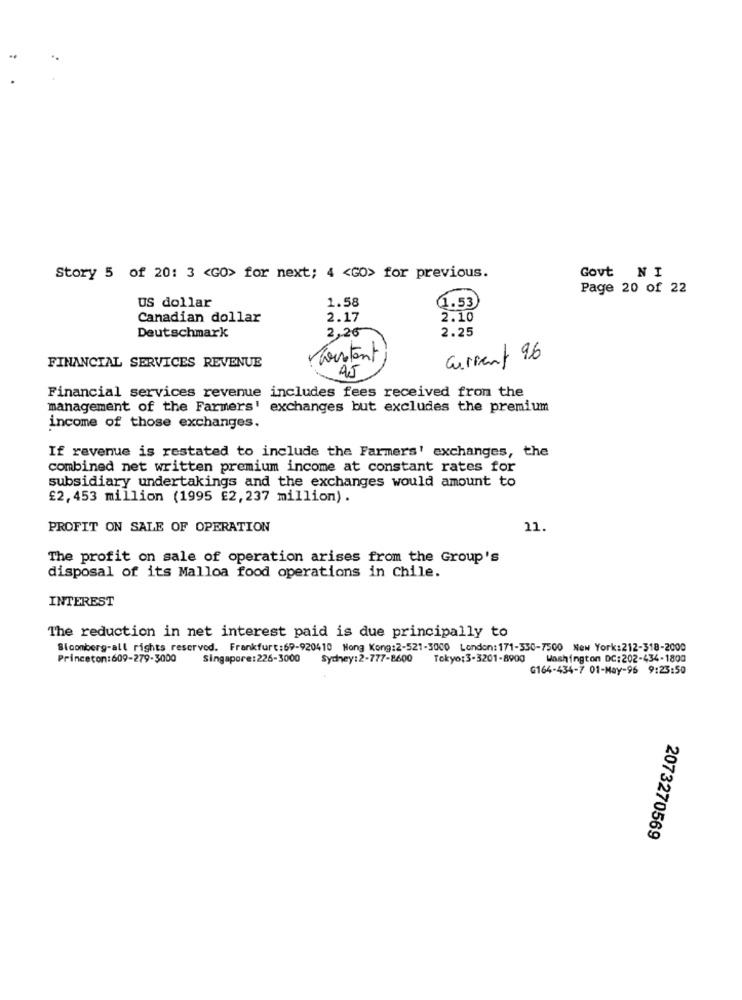
Story 5 of 20: 3 <GO> for next; 4 <GO> for previous.
Govt NI
Page 20 of 22
US dollar
1.58
(1.53
Canadian dollar
2.17
2.10
2,26
2.25
Deutschmark
Pourtant
Current 96
FINANCIAL SERVICES REVENUE
45
Financial services revenue includes fees received from the
management of the Farmers' exchanges but excludes the premium
income of those exchanges.
If revenue is restated to include the Farmers' exchanges, the
combined net written premium income at constant rates for
subsidiary undertakings and the exchanges would amount to
£2, 453 million (1995 £2,237 million).
PROFIT ON SALE OF OPERATION
11.
The profit on sale of operation arises from the Group's
disposal of its Malloa food operations in Chile.
INTEREST
The reduction in net interest paid is due principally to
Bloomberg-all rights reserved. Frankfurt:69-920410 Hong Kong:2-521-3000 London:171-330-7500 New York:212-318-2000
Princeton:609-279-3000
Singapore:226-3000
Sydney:2-777-8600 Tokyo:3-3201-8900 Washington DC:202-434-1800
G164-434-7 01-May-96 9:23:50
2073270569